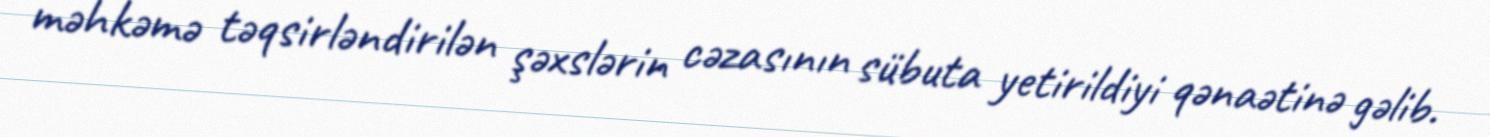
məhkəmə təqsirləndirilən şəxslərin cəzasının sübuta yetirildiyi qənaətinə gəlib.